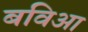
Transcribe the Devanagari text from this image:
बविआ